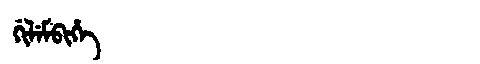
Manchu: ᡤᡳᠯᡝᠮᠪᡳᡥᡝ
Romanization: GILEMBIHE